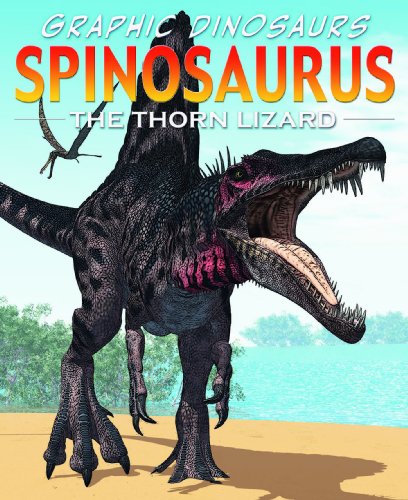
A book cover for Spinosaurus: The Thorn Lizard (Graphic Dinosaurs); David West; Children's Books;